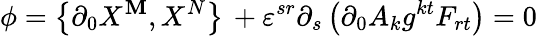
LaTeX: \phi=\left\{ \partial_{0}X^{\mathbf{M}},X^{N}\right\} \, +\varepsilon^{sr}\partial_{s}\left(\partial_{0}A_{k}g^{kt}F_{rt}\right)=0